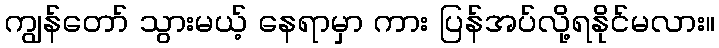
ကျွန်တော် သွားမယ့် နေရာမှာ ကား ပြန်အပ်လို့ရနိုင်မလား။